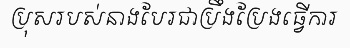
ប្រុសរបស់នាងបែរជាប្រឹងប្រែងធ្វើការ